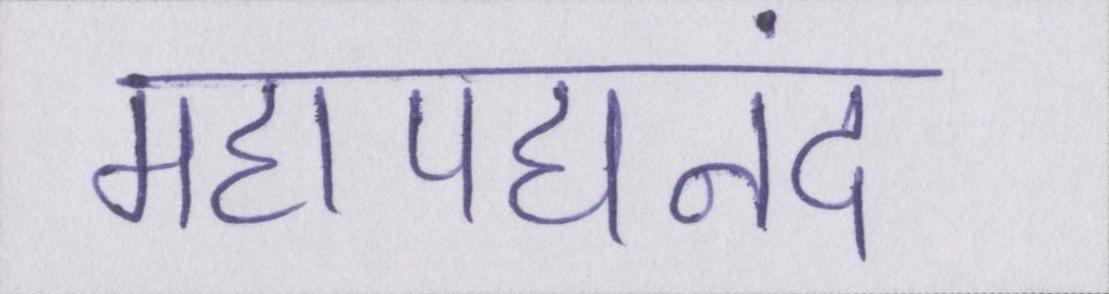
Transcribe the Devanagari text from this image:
महापद्यनंद